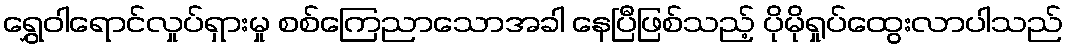
ရွှေဝါရောင်လှုပ်ရှားမှု စစ်ကြေညာသောအခါ နေပြီဖြစ်သည့် ပိုမိုရှုပ်ထွေးလာပါသည်